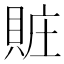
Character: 賍